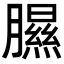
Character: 𦡹